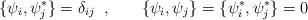
LaTeX: \begin{align*}\{\psi_{i},\psi^{\ast}_{j} \} = \delta_{ij} \;\;,\hspace{0.3in} \{\psi_{i},\psi_{j} \}=\{\psi^{\ast}_{i},\psi^{\ast}_{j} \} = 0\end{align*}